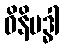
ဝိနိဗဒ္ဓါ